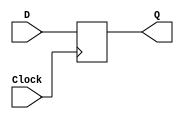
/* pg 389 - D flip flop */

module bm_DL_D_flipflop(D, Clock, Q);
	input D, Clock;
	output Q;
	reg Q;
	
	always @(posedge Clock)
		Q <= D;
	
endmodule